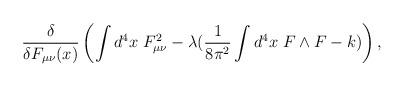
LaTeX: \begin{align*}\frac{\delta}{ \delta F_{\mu \nu} (x)} \left(\int d^4 x \;F_{\mu \nu}^2 -\lambda (\frac{1}{8 \pi^2} \int d^4 x \; F \wedge F -k) \right),\end{align*}